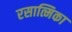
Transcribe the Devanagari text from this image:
रसात्मिका